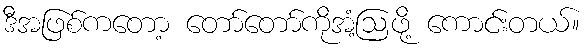
ဒီအဖြစ်ကတော့ တော်တော်ကိုအံ့ဩဖို့ ကောင်းတယ်။